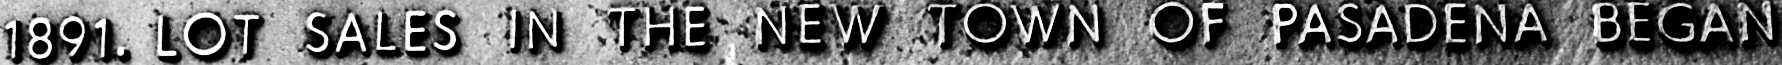
1891. LOT SALES IN THE NEW TOWN OF PASADENA BEGAN